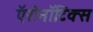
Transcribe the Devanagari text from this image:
ऍरोनॉटिक्स